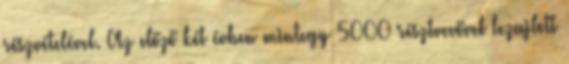
részvételével. Az előző két évben mintegy 5000 résztvevővel lezajlott